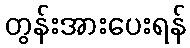
တွန်းအားပေးရန်